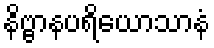
နိဗ္ဗာနပရိယောသာနံ